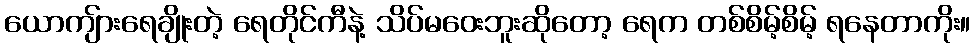
ယောကျ်ားရေချိုးတဲ့ ရေတိုင်ကီနဲ့ သိပ်မဝေးဘူးဆိုတော့ ရေက တစ်စိမ့်စိမ့် ရနေတာကိုး။